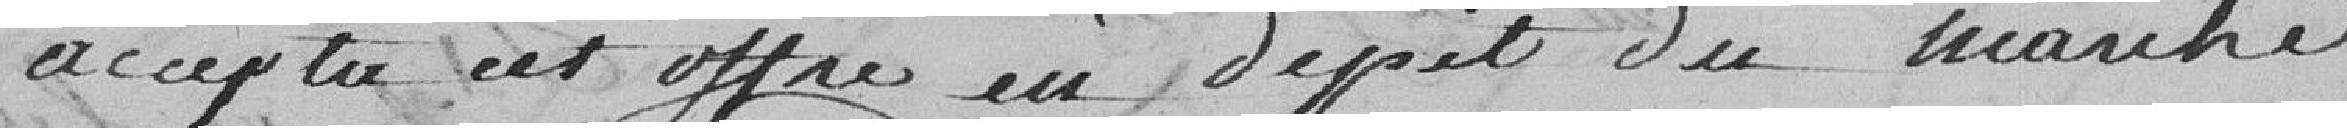
accepta cet offre en dépit du marché